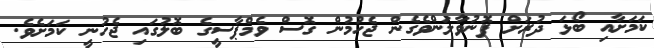
ކަމަށާއި ބޯޅަ ދުރަށް ފޮނުވާލަންވެގެން ޖެހުމުން ގޮސް ވެމްޕާސީގެ ބޮލުގައި ޖެހުނީ ކަމަށެވެ.